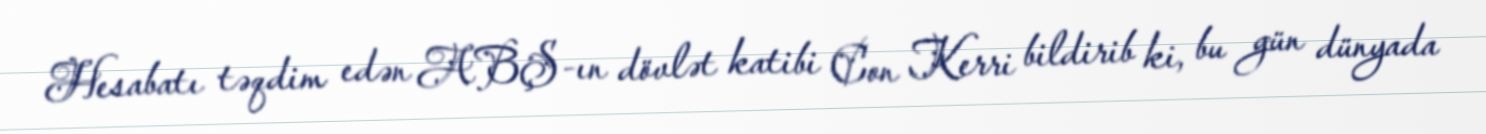
Hesabatı təqdim edən ABŞ-ın dövlət katibi Con Kerri bildirib ki, bu gün dünyada